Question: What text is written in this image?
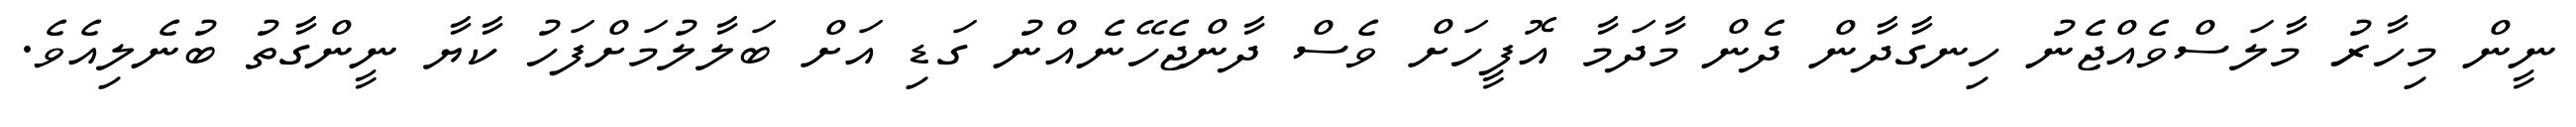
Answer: ނީން މިހާރު މާލަސްވެއްޖެނު ހިނގާދާން ދެން މާދަމާ އޮފީހަށް ވެސް ދާންޖެހޭނެއްނު ގަޑި އަށް ބަލާލުމަށްފަހު ކާޔާ ނީންގާތު ބުނެލިއެވެ.